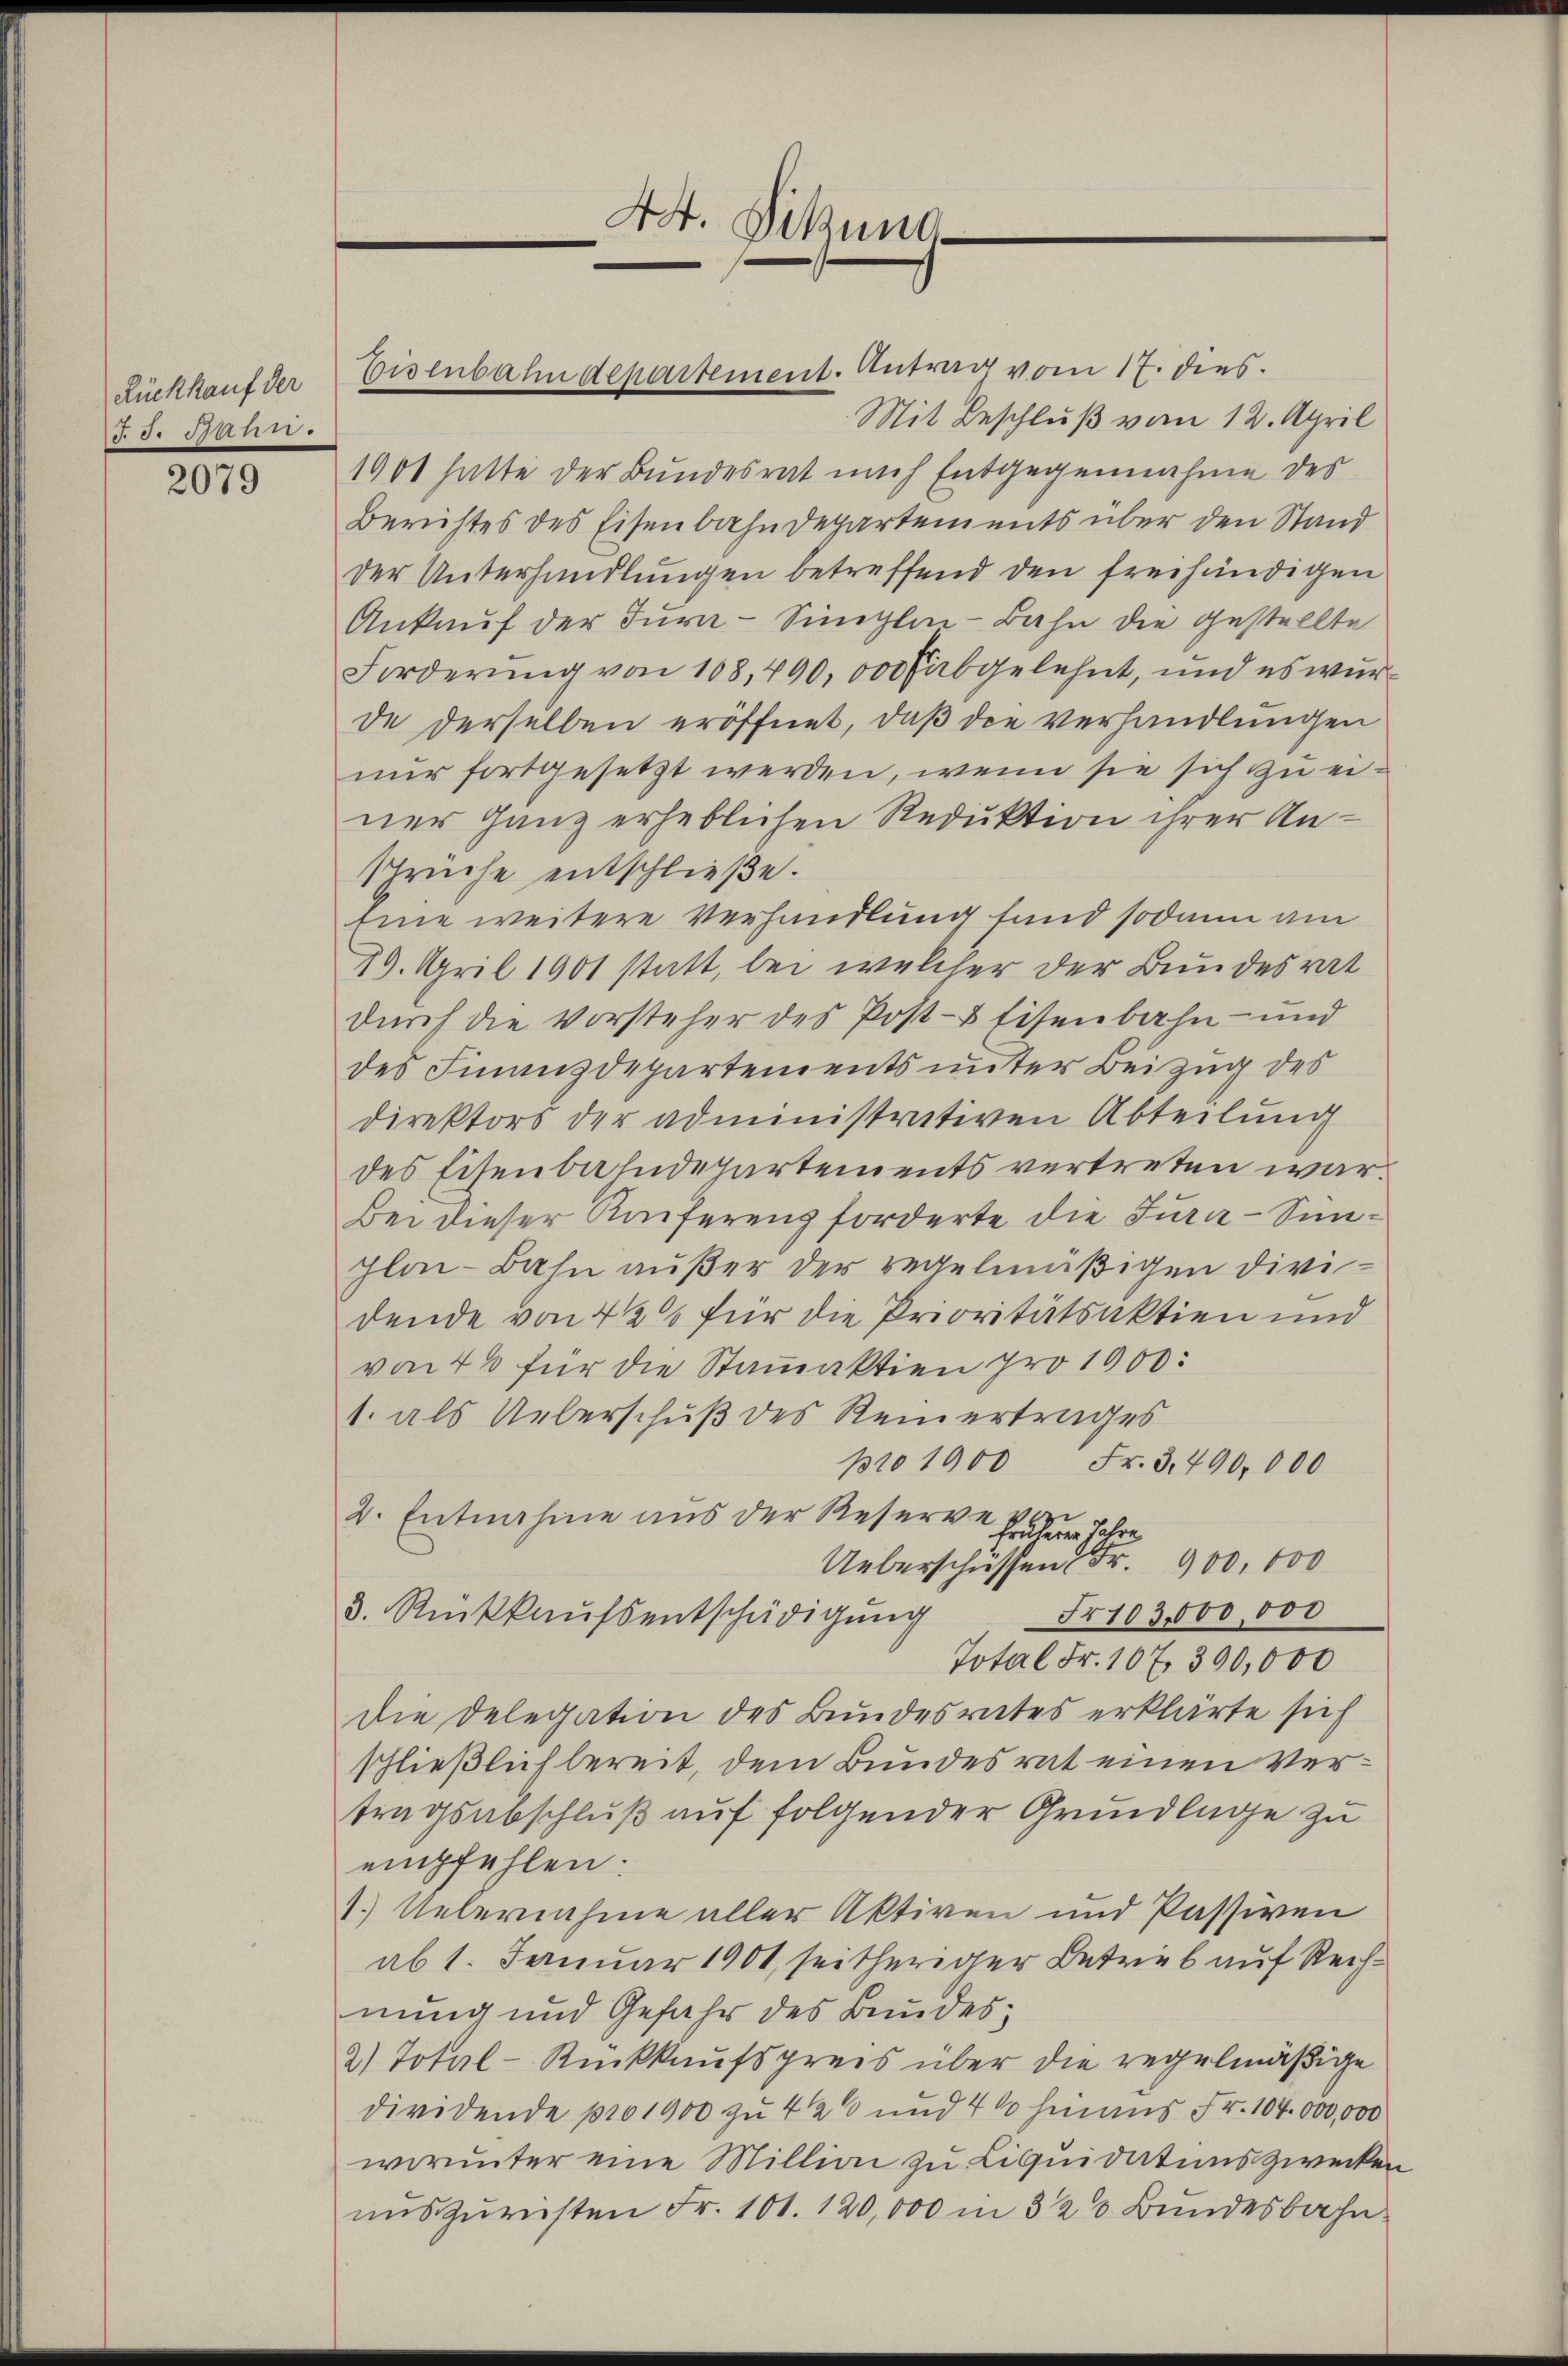
Rückkauf der
 de den 155.

2079

Mit Beschluß vom 12. April
1900 hatte der Bundesrat nach Entgegennahme des
Berichtes des Eisenbahndepartements über den Stand
der Unterhandlungen betreffend den freihändigen
Ankauf der Jura-Singlin-Bahn die gestellte
Forderŭng von 108,400,000 abgelehnt, und es wurde derselben eröffnet, daß die verhandlungen
nur fortgesetzt werden, wenn sie sich zu einer Ganz erheblichen Reduktion ihrer An¬
Sprüche entschließe.
eine weitere Verhandlung fand sodann am
19. April 1901 statt, bei welcher der Bundesrat
durch die Vorsteher des Post- & Eisenbahn- und
des Finanzdepartements unter Beizug des
direktors der administrativen Abteilung
des Eisenbahndepartements vertreten war.
Bei dieser Anferenz forderte die Jura-Sin¬
Ilai-Bahn außer der regelmäßigen Dividende von 4 1/2 für die Prioritätsaktien und
von 40 für die Stammaktion pro 1900:
1. als Ueberschuß des Reinertrages
pro 1900 Fr. 3, 490,000
2. Entnahme aus der Reserve fahre Jahre
Ueberschiessen Fr. 900,000
Nr. 103,000,000
3. Rückkaŭfsentschädigung
Total Fr. 107. 300,000
die Delegation des Bundesrates erklärte sich
schließlich bereit, dem Bundesrat einen Vertragsabschluß auf folgender Grundlage zu
empfehlen.
1.) Uebernahme aller Aktiven und Passiven
ab 1. Januar 1901, seitheriger Betrieb auf Rechnung und Gefahr des Bundes;
2) Total-Rückkaufspreis über die regelmäßige
dividende pro 1900 zu 4 20 und 4 % hinaus Fr. 104. 000,000
worunter eine Million zu Liquidatums zwecken
uns zurüsten Fr. 101. 120,000 in 320 Bundesbahn

Eisenbahndepartement. Antrag vom 17. dies

44. Sitzung